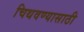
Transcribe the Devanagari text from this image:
चिथवण्यासाठी